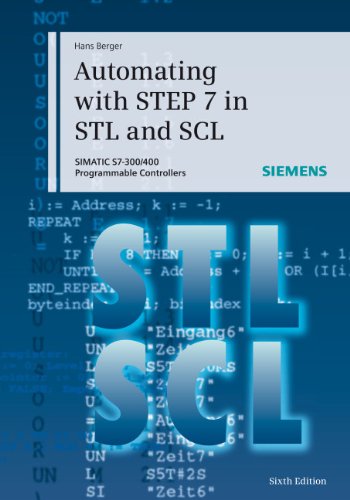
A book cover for Automating with STEP 7 in STL and SCL: SIMATIC S7-300/400 Programmable Controllers; Hans Berger; Science & Math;